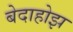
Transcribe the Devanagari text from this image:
बेदाहोझ